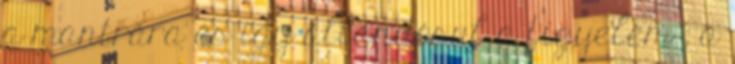
a mantrára és így állandósul a figyelem , a